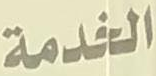
الخدمة